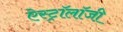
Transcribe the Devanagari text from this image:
ऐस्ट्रॉलॉजी